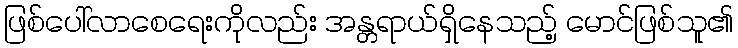
ဖြစ်ပေါ်လာစေရေးကိုလည်း အန္တရာယ်ရှိနေသည့် မောင်ဖြစ်သူ၏